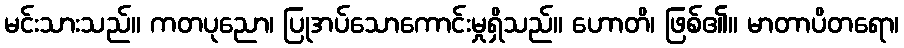
မင်းသားသည်။ ကတပုညော၊ ပြုအပ်သောကောင်းမှုရှိသည်။ ဟောတိ၊ ဖြစ်၏။ မာတာပိတရော၊